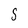
Character: S